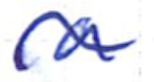
Text: a
Cross-out: wave
Writing tool: ballpoint